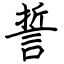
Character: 誓